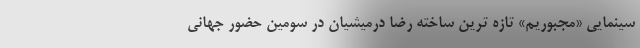
سینمایی «مجبوریم» تازه ترین ساخته رضا درمیشیان در سومین حضور جهانی